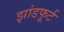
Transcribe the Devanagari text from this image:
झांडफूर्ट